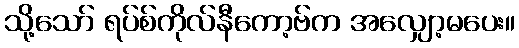
သို့သော် ရပ်စ်ကိုလ်နီကော့ဗ်က အလျှော့မပေး။